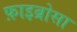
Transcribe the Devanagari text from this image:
फ़ाइब्रोसा